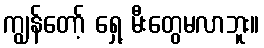
ကျွန်တော့် ရှေ့ မီးတွေမလာဘူး။